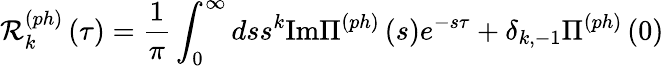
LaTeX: \mathcal{R}_{k}^{\left(ph\right)}\left(\tau\right)=\frac{1}{\pi}\int_{0}^{\infty}dss^{k}\mathrm{Im}\Pi^{\left(ph\right)}\left(s\right)e^{-s\tau}+\delta_{k,-1}\Pi^{\left(ph\right)}\left(0\right)